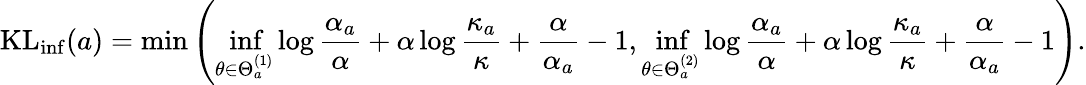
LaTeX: \mathrm{KL}_{\mathrm{inf}}(a)=\operatorname*{min}\left(\operatorname*{inf}_{\theta\in\Theta_{a}^{(1)}}\log\frac{\alpha_{a}}{\alpha}+\alpha\log\frac{\kappa_{a}}{\kappa}+\frac{\alpha}{\alpha_{a}}-1,\operatorname*{inf}_{\theta\in\Theta_{a}^{(2)}}\log\frac{\alpha_{a}}{\alpha}+\alpha\log\frac{\kappa_{a}}{\kappa}+\frac{\alpha}{\alpha_{a}}-1\right).